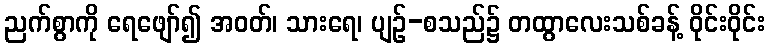
ညက်စွာကို ရေဖျော်၍ အဝတ်၊ သားရေ၊ ပျဉ်-စသည်၌ တထွာလေးသစ်ခန့် ဝိုင်းဝိုင်း